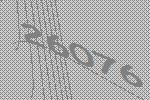
26076